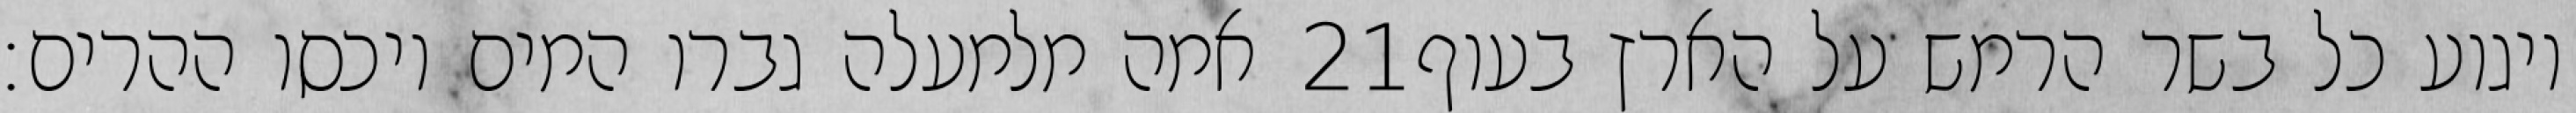
אמה מלמעלה גברו המים ויכסו ההרים׃ ‎21‏ ויגוע כל בשר הרמש על הארץ בעוף